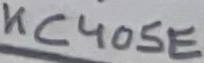
Text: KC405E